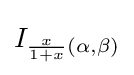
I_{{\frac {x}{1+x}}(\alpha ,\beta )}